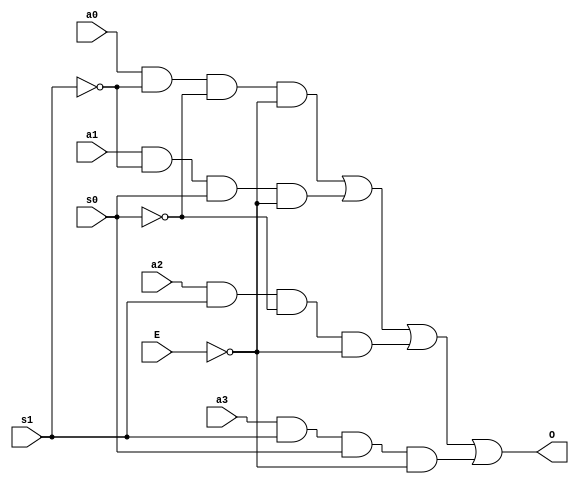
`timescale 1ns / 1ps
//////////////////////////////////////////////////////////////////////////////////
// Company: 
// Engineer: 
// 
// Design Name: 
// Module Name: mux
// Project Name: 
// Target Devices: 
// Tool Versions: 
// Description: 
// 
// Dependencies: 
// 
// Revision:
// Revision 0.01 - File Created
// Additional Comments:
// 
//////////////////////////////////////////////////////////////////////////////////


module mux(a0, a1, a2, a3, O, s0, s1, E);
	
	input a0, a1, a2, a3, s0, s1, E;	//s1 is MSB and s0 is LSB , Enable E is active LOW
	output O;
	
	wire t0, t1, t2, t3;
	
	assign t0 = a0 & (~s1) & (~s0) & (~E);
	assign t1 = a1 & (~s1) & (s0) & (~E);
	assign t2 = a2 & (s1) & (~s0) & (~E);
	assign t3 = a3 & (s1) & (s0) & (~E);
	
	assign O = t0 | t1 | t2 | t3;
	
endmodule